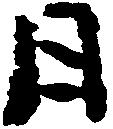
日